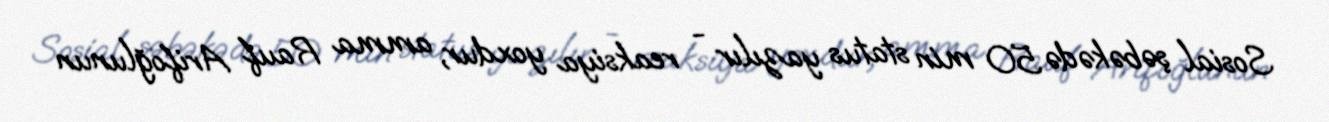
Sosial şəbəkədə 50 min status yazılır - reaksiya yoxdur, amma Rauf Arifoğlunun